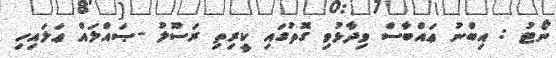
ނޯޓު : އިބްނު ޢައްބާސް ވިދާޅުވި ގޮތުގައި ކީރިތި ރަސޫލު -ޞައްލައް ޢަލައިހި